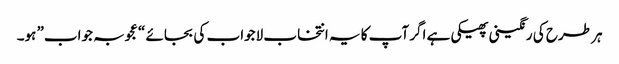
ہر طرح کی رنگینی پھیکی ہے اگر آپ کا یہ انتخاب لاجواب کی بجائے “عجوبہ جواب” ہو۔